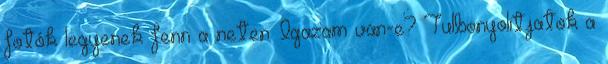
fotók legyenek fenn a neten. Igazam van-e? Tulbonyolitjatok a